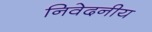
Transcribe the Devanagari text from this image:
निवेदनीय